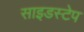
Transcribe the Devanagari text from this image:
साइडस्टेप